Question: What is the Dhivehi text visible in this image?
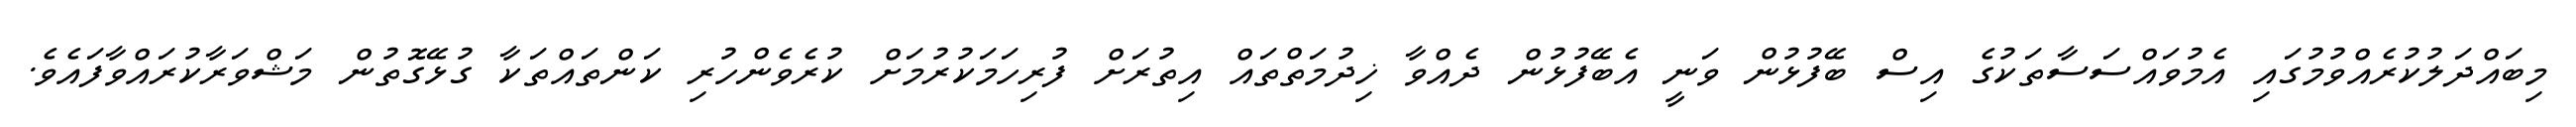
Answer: މިބައްދަލުކުރެއްވުމުގައި އެމުވައްސަސާތަކުގެ އިސް ބޭފުޅުން ވަނީ އެބޭފުޅުން ދެއްވާ ޚިދުމަތްތައް އިތުރަށް ފުރިހަމަކުރުމަށް ކުރެވެންހުރި ކަންތައްތަކާ ގުޅޭގޮތުން މަޝްވަރާކުރައްވާފައެވެ.